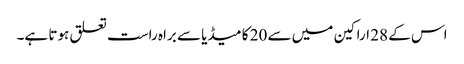
اس کے 28 اراکین میں سے 20 کا میڈیا سے براہ راست تعلق ہوتا ہے۔